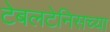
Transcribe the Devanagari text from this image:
टेबलटेनिसच्या